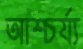
আশ্চর্য্য